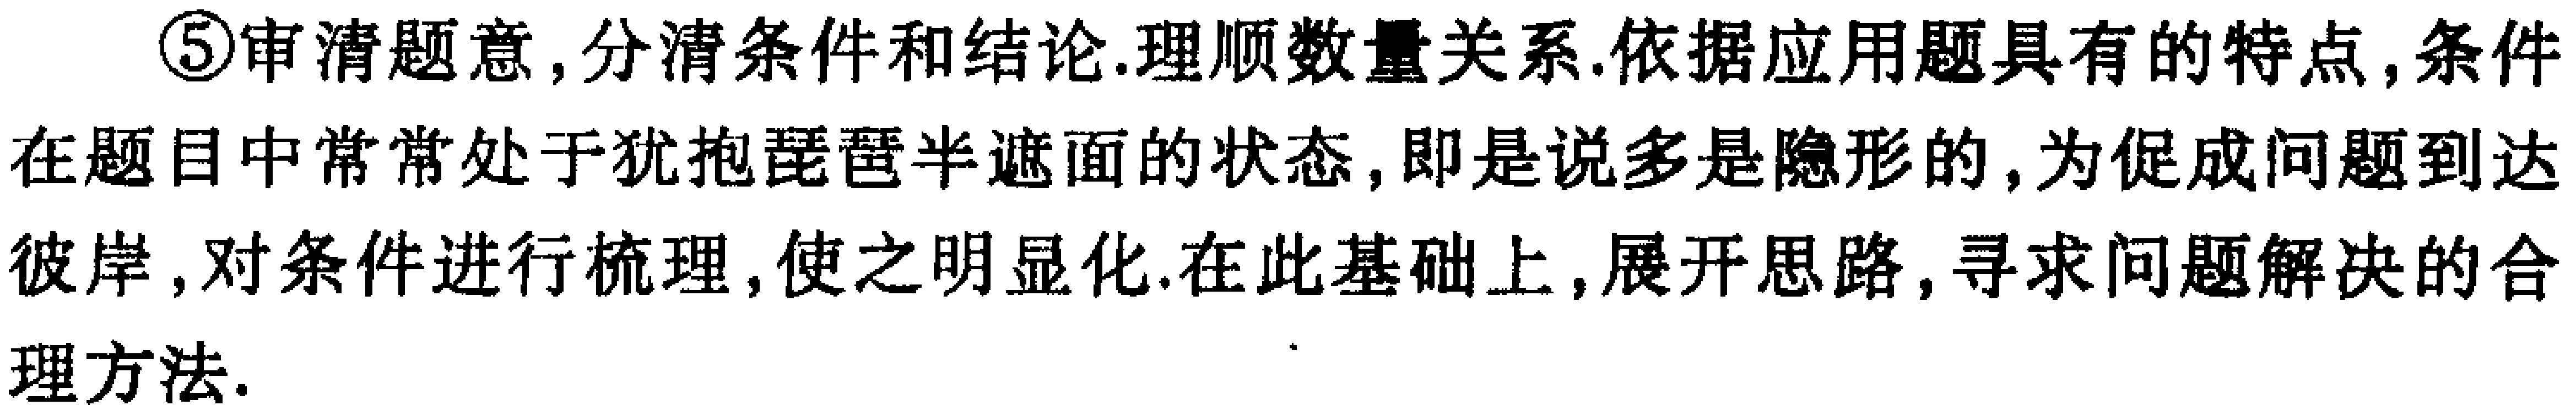
\textcircled{5}审清题意,分清条件和结论.理顺数量关系.依据应用题具有的特点,条件在题目中常常处于犹抱琵琶半遮面的状态,即是说多是隐形的,为促成问题到达彼岸,对条件进行梳理,使之明显化.在此基础上,展开思路,寻求问题解决的合理方法.